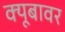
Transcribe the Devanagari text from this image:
क्यूबावर